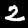
Label: 2